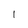
Character: 1